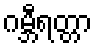
ဂမ္ဘီရတ္တာ